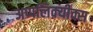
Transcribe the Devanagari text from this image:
अप्पलिक़्यीक्स